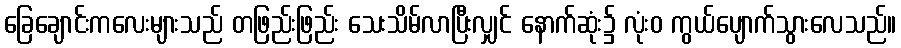
ခြေချောင်းကလေးများသည် တဖြည်းဖြည်း သေးသိမ်လာပြီးလျှင် နောက်ဆုံး၌ လုံးဝ ကွယ်ပျောက်သွားလေသည်။